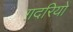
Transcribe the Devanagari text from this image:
ग़दरियों